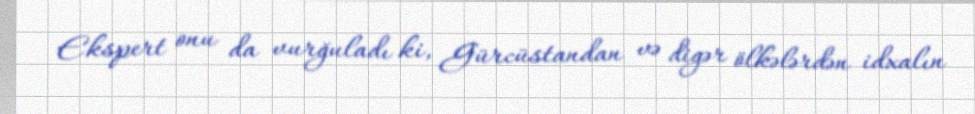
Ekspert onu da vurğuladı ki, Gürcüstandan və digər ölkələrdən idxalın